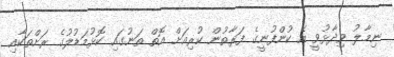
ނިމާލު ވިދާޅުވީ އެ ކުންފުނީގެ ފަރާތުން ކުރިއަށް އޮތް ތަނުގައި ކޮޅުމަޑުލުގެ ރަށްތަކާއި